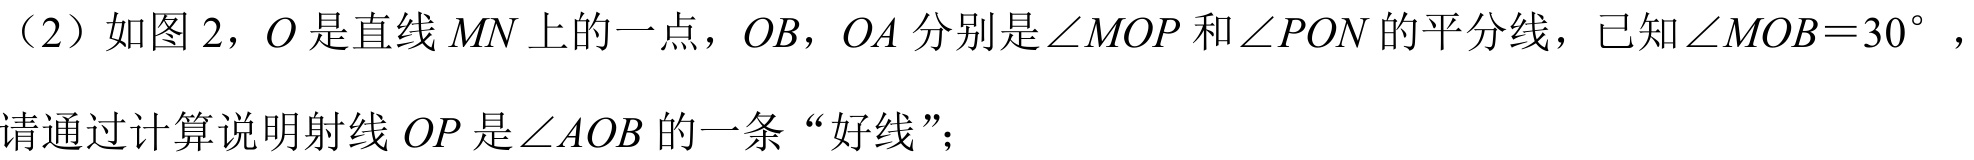
（2）如图 2，\(O\)是直线\(MN\)上的一点，\(OB\)，\(OA\)分别是\(\angle MOP\)和\(\angle PON\)的平分线，已知\(\angle MOB = 30^{\circ}\)，请通过计算说明射线\(OP\)是\(\angle AOB\)的一条“好线”；